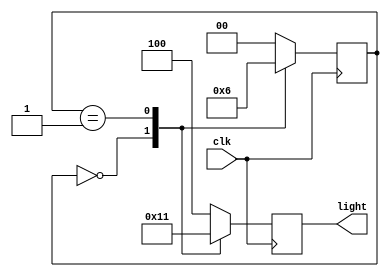
`timescale 1ns / 1ps
//////////////////////////////////////////////////////////////////////////////////
// Company: 
// Engineer: 
// 
// Design Name: 
// Module Name: trafficsign
// Project Name: 
// Target Devices: 
// Tool Versions: 
// Description: 
// 
// Dependencies: 
// 
// Revision:
// Revision 0.01 - File Created
// Additional Comments:
// 
//////////////////////////////////////////////////////////////////////////////////


module trafficsign(
    input clk,
    output reg [2:0] light
    );
    parameter s0 = 0, s1 = 1, s2 = 2;
    parameter r=3'b100, b=3'b010, g=3'b001;
    reg [0:1] state;
    always @(posedge clk)
        case(state)
        s0:begin
            light <=  b;
            state <= s1;
            end
        s1:begin
            light <= g;
            state <= s2;
            end
        s2:begin
            light <= r;
            state <= s0;
            end
        default: begin
            light <= r;
            state <= s0;
            end
         endcase
endmodule